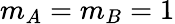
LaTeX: m_{A}=m_{B}=1